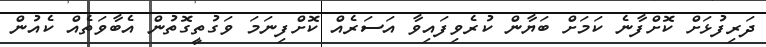
ދަރިފުޅަށް ކޮށްފާނެ ކަމަށް ބަޔާން ކުރެވިފައިވާ އަސަރެއް ކޮށްފިނަމަ ވަގުތީގޮތުން އެބާވަތެއް ކެއުން